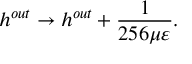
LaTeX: h ^ { o u t } \rightarrow h ^ { o u t } + \frac { 1 } { 2 5 6 \mu \varepsilon } .